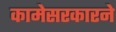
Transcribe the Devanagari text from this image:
कामेसरकारने